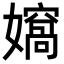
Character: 𭒨